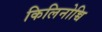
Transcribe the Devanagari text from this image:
किलिनोच्चि